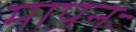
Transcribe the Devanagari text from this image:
मापनः